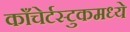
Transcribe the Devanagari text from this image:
काँचेर्टस्टुकमध्ये